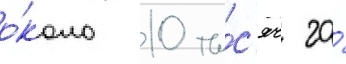
о́коло 10 ты́с'яч га́